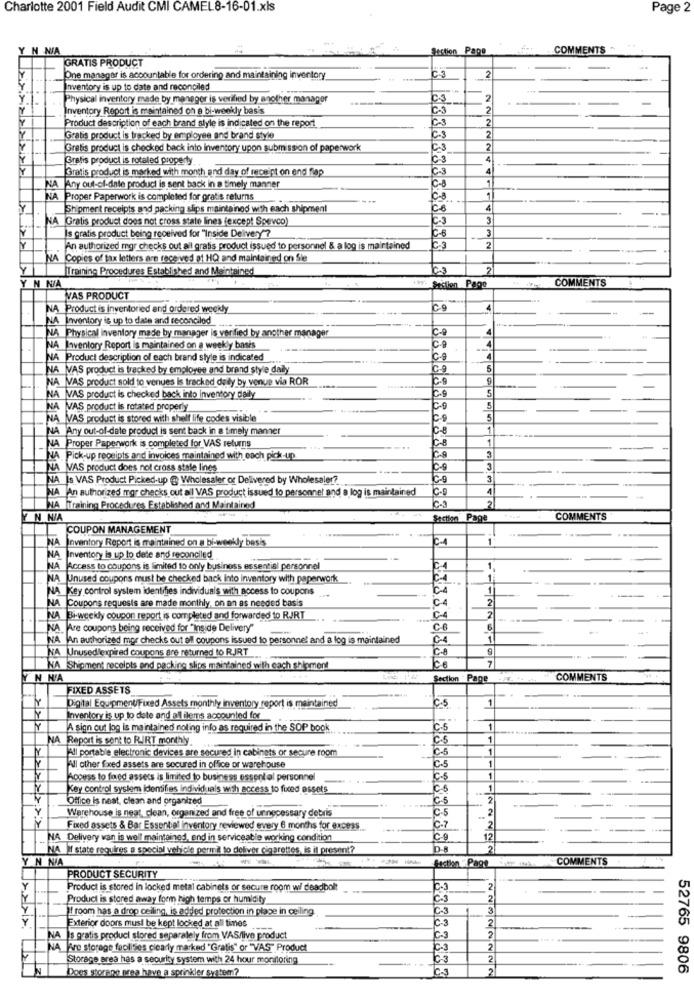
Charlotte 2001 Field Audit CMI CAMEL8-16-01.xls
Page 2
Y N NIA
Section Pape
COMMENTS ~
GRATIS PRODUCT
2
Pne manager is accountable for ordering and maintaining inventory
Inventory is up to date and reconciled
Physical inventory made by manager is verified by another manager
C.3
2
Inventory Report is maintained on e bi-weekly bas's
C-3
2
Product description of each brand style is indicated on the report
C-3
2
Gratis product is tracked by employee and brand style
C.3
2
Gratis product is checked back into inventory upon submission of paperwork
Gratis product is rotated property
4
Gratis product is marked with month and day of receipt on end flap
4
1
NA Any out-of-date product is sent back in a timely manner
NA Proper Paperwork is completed for gratis returns
C-8
1
Shipment receipts and packing slips maintained with each shipment
C-8
4
NA Gratis product does not cross state lines (except Spevco)
Is gratis product being received for "Inside Delivery"?
C-6
3
An authorized mgr checks out all gratis product issued to personnel & a log is maintained
C.3
2
NA
Copies of tax letters are received af HQ and maintained on Ste
Y
[Training Procedures Established and Maintained
C.3
2
COMMENTS
Y N N/A
199- Section Pago
VAS PRODUCT
NA Product is inventoried and ordered weekly
4
NA Inventory is up to date and reconciled
C-9
4
NA Physical Inventory made by manager is verified by another manager
4
NA Inventory Report Is maintained on a weekly basis
NA Product description of each brand style is indicated
4
NA VAS product is tracked by employee and brand style daily
C.9
5
NA VAS product sold to venues Is tracked daily by venue via ROR
C-9
9
5
NA VAS product is checked back into inventory daily
NA VAS product is rotated properly
C-9
5
NA VAS product is stored with shelf life codes visible
C.9
5
NA Any out-of-date product is sent back in a timely manner
C-8
1
C-8
NA Proper Paperwork is completed for VAS returns
NA. Pick-up receipts and invoices maintained with each pick-up
3
NA MAS product does not cross stale lines
NA Is VAS Product Picked-up @ Wholesaler of Delivered by Wholesaler?
3
NA An authorized mor checks out all VAS product issued to personnel and a log is maintained
CO
4
2
NA Training Procedures Established and Maintained
C-3
N.N/A
Page
COMMENTS
COUPON MANAGEMENT
NA Inventory Report is maintained on a bi-weekly basis
1
NA
Inventory is up to date and reconciled
NA
Access to coupons is limited to only business essential personnel
1.
NA |Unused coupons must be checked back into inventory with paperwork
NA Zey control system identifies individuals with access to coupons
1
C-4
2
NA |Coupons requests are made monthly, on an as needed basis
NA Bi-weekly coupon report is completed and forwarded to RJRT
2
NA. Are coupons being received for "Inside Delivery"
C-8
NA An authorized mos checks out all coupons issued to personnel and a log is maintained
1
NA Unusedlexpired coupons are returned to RJRT
7
NA Shipment receipts and packing slips maintained with each shipment
Ce
N N/A
Section " Page
COMMENTS
FIXED ASSETS
1
Digital EquipmentFixed Assets monthly inventory report is maintained
C.S
Inventory is up to date and all ilems accounted for
Y
A sign out log is maintained noling info as required in the SOP book
C-5
1
NA Report is sent to RIRT monthly.
C.5
1
all portable electronic devices are secured In cabinets or secure room
C-5
1
C.5
1
Pul other fixed assets are secured in office or warehouse
Access to fixed assets is limited to business essont al personnel
1
Key control system identifies individuals with access to fixed assets
1
Office is neat, clean and organized
C-S
2
Warehouse Is neat, clean, organized and free of unnecessary debris
Ic-5
2
Fixed assets & Bar Essentiel inventory reviewed every 6 months for excess.
C-7
2
NA Delivery van is well maintained, end in serviceable working condition
C-9
12
NA If state requires a special vehicle permil to deliver cigarettes, is it present?
2
Y N NA
--
faction Page
COMMENTS
PRODUCT SECURITY
Y
Product is stored in locked metal cabinets or secure room w/ deadbolt
C-3
2
Product is stored away form high temps or humidity
C.3
2
)! room has a drop ceiling, is added protection in plage in ceiling
C-3
C.3
Exterior doors must be kept locked at all times
2
2
NA 's gratis product stored separately from VAS/live product
C-3
NA Fire storage facilities clearly marked "Gratis" or "VAS" Product
C-3
2
Storage area has a security system with 24 hour monitoring
Does storene area have a sprinkler system?
2
52765 9806